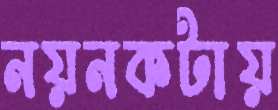
নয়নকটায়